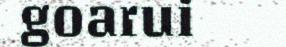
goarui